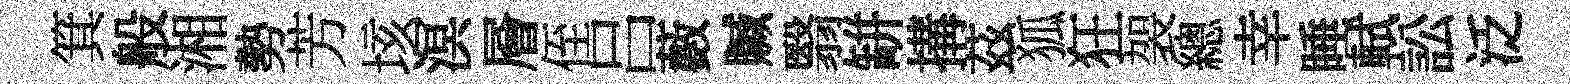
箕般湘勢芳垓溟層侄吕藪贓翳缾搆茲狐狂袈總幸睡軾訟泛